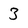
Character: 3